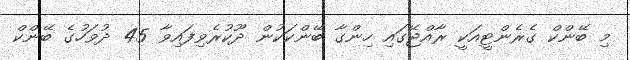
މި ބޭންކް ގެރެންޓީއަކީ ރާއްޖޭގައި ހިންގާ ބޭންކަކުން ދޫކުރެވިފައިވާ 45 ދުވަހުގެ ބޭންކް